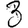
Digit: 3